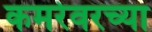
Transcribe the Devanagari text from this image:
कमरेवरच्या